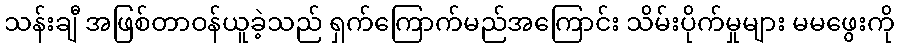
သန်းချီ အဖြစ်တာဝန်ယူခဲ့သည် ရှက်ကြောက်မည်အကြောင်း သိမ်းပိုက်မှုများ မမဖွေးကို